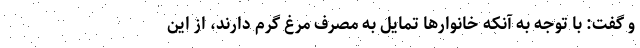
و گفت: با توجه به آنکه خانوارها تمایل به مصرف مرغ گرم دارند، از این